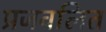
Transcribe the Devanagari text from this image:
प्रजवलित